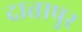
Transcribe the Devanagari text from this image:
दात्तापुर